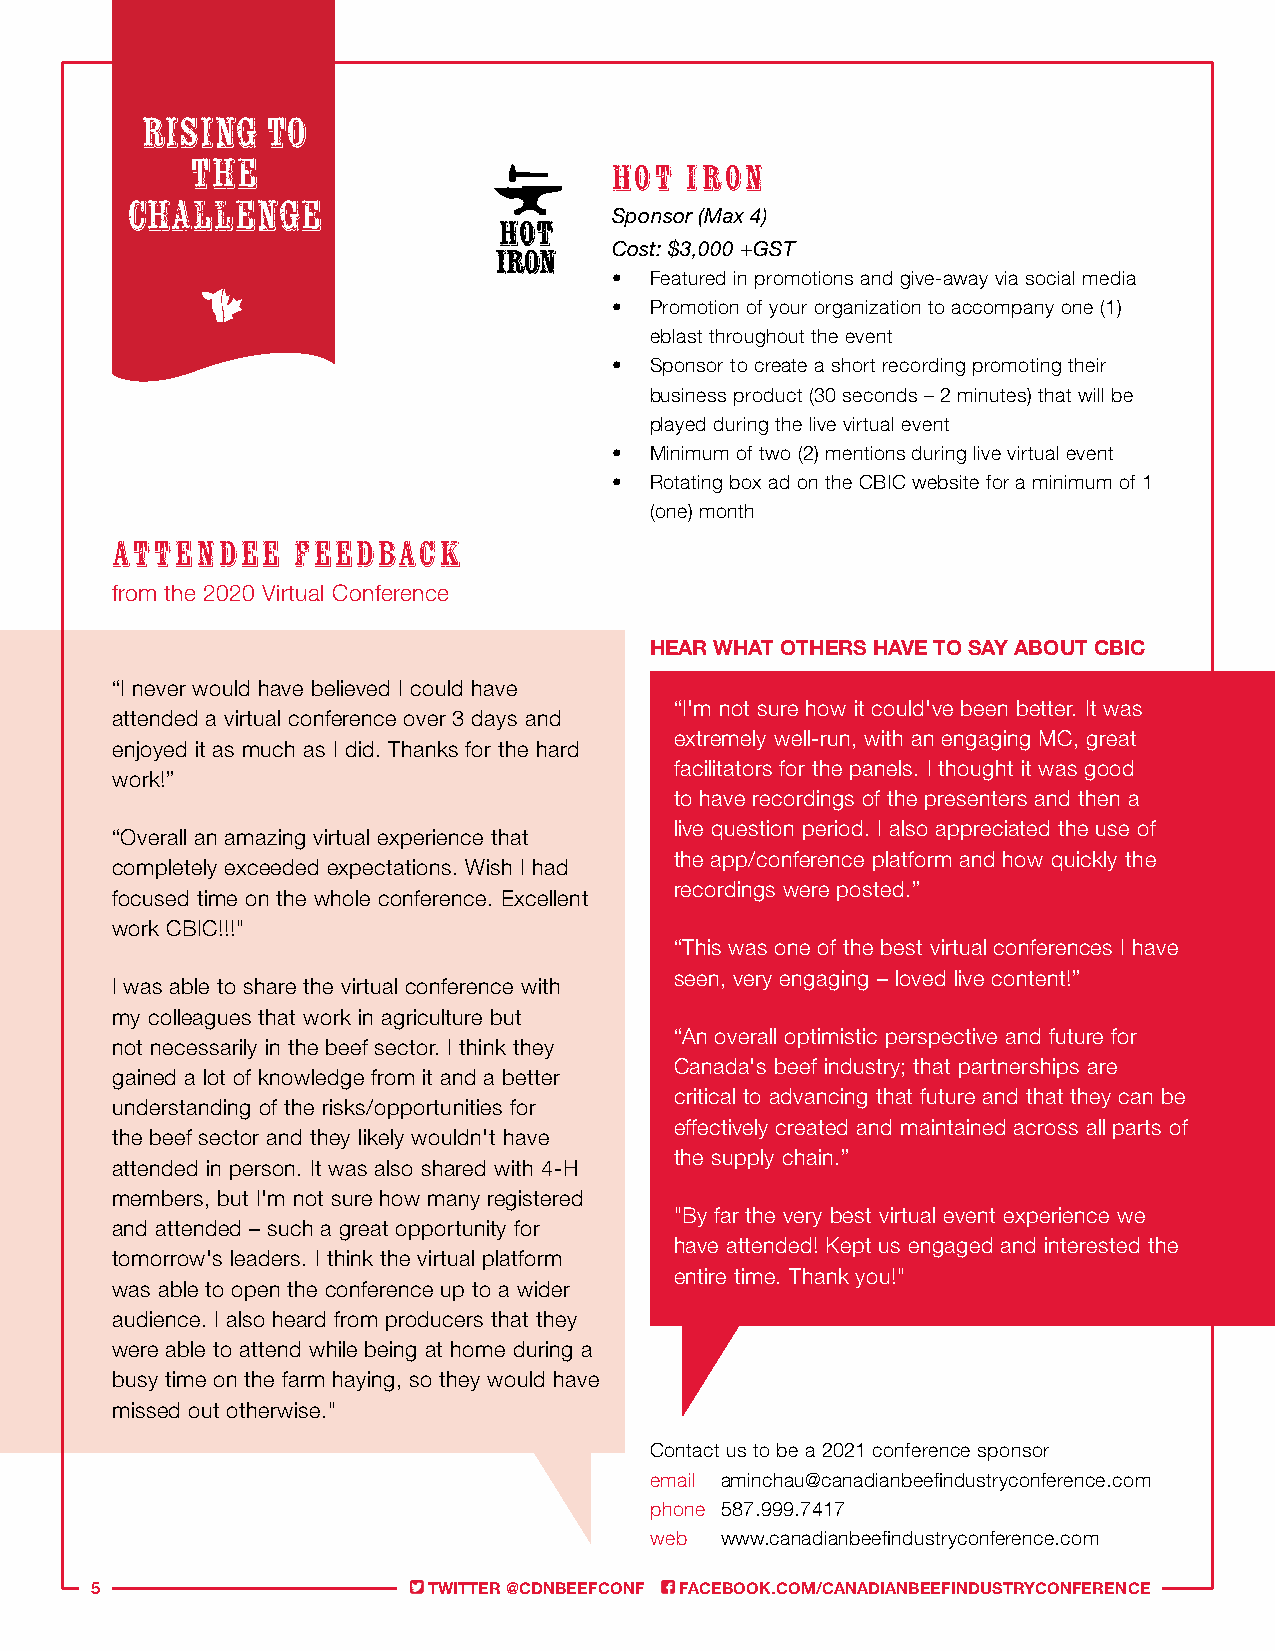
Rising   to
 the                         HOT IRON
 challenge                        Sponsor (Max 4)
 Cost: $3,000 +GST
 • Featured in promotions and give-away via social media
 • Promotion of your organization to accompany one (1)
 eblast throughout the event
 • Sponsor to create a short recording promoting their
 business product (30 seconds – 2 minutes) that will be
 played during the live virtual event
 • Minimum of two (2) mentions during live virtual event
 • Rotating box ad on the CBIC website for a minimum of 1
 (one) month
 ATTENDEE    FEEDBACK
 from the 2020 Virtual Conference
 HEAR WHAT OTHERS HAVE TO SAY ABOUT CBIC
 “I never would have believed I could have
 “I'm not sure how it could've been better. It was
 attended a virtual conference over 3 days and
 extremely well-run, with an engaging MC, great
 enjoyed it as much as I did. Thanks for the hard
 facilitators for the panels. I thought it was good
 work!”
 to have recordings of the presenters and then a
 live question period. I also appreciated the use of
 “Overall an amazing virtual experience that
 the app/conference platform and how quickly the
 completely exceeded expectations. Wish I had
 recordings were posted.”
 focused time on the whole conference. Excellent
 work CBIC!!!"
 “This was one of the best virtual conferences I have
 seen, very engaging – loved live content!”
 I was able to share the virtual conference with
 my colleagues that work in agriculture but
 “An overall optimistic perspective and future for
 not necessarily in the beef sector. I think they
 Canada's beef industry; that partnerships are
 gained a lot of knowledge from it and a better
 critical to advancing that future and that they can be
 understanding of the risks/opportunities for
 effectively created and maintained across all parts of
 the beef sector and they likely wouldn't have
 the supply chain.”
 attended in person. It was also shared with 4-H
 members, but I'm not sure how many registered
 "By far the very best virtual event experience we
 and attended – such a great opportunity for
 have attended! Kept us engaged and interested the
 tomorrow's leaders. I think the virtual platform
 entire time. Thank you!"
 was able to open the conference up to a wider
 audience. I also heard from producers that they
 were able to attend while being at home during a
 busy time on the farm haying, so they would have
 missed out otherwise."
 Contact us to be a 2021 conference sponsor
 email aminchau@canadianbeefindustryconference.com
 phone 587.999.7417
 web  www.canadianbeefindustryconference.com
 5                     TWITTER @CDNBEEFCONF FACEBOOK.COM/CANADIANBEEFINDUSTRYCONFERENCE